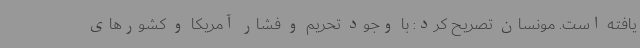
یافته است. مونسان تصریح کرد: با وجود تحریم و فشار آمریکا و کشورهای